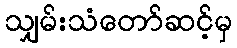
သျှမ်းသံတော်ဆင့်မှ